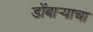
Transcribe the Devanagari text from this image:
डोंबार्‍याचा